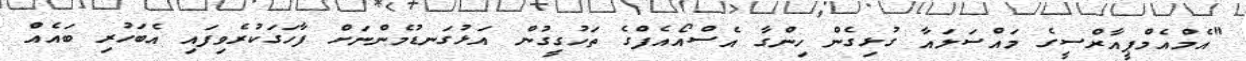
"އެމްއެމްޕީއާރްސީގެ މައްސަލައާ ގުޅިގެން ހިންގާ އެސްއޯއެފްގެ ތަހުގީގުން އަޅުގަނޑުމެންނަށް ފާހަގަކުރެވިފައި އެބަހުރި ބައެއް